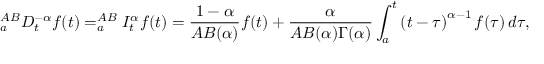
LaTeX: _ { a } ^ { A B } D _ { t } ^ { - \alpha } f ( t ) = _ { a } ^ { A B } I _ { t } ^ { \alpha } f ( t ) = { \frac { 1 - \alpha } { A B ( \alpha ) } } f ( t ) + { \frac { \alpha } { A B ( \alpha ) \Gamma ( \alpha ) } } \int _ { a } ^ { t } \left( t - \tau \right) ^ { \alpha - 1 } f ( \tau ) \, d \tau ,